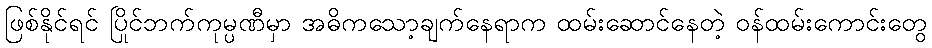
ဖြစ်နိုင်ရင် ပြိုင်ဘက်ကုမ္ပဏီမှာ အဓိကသော့ချက်နေရာက ထမ်းဆောင်နေတဲ့ ဝန်ထမ်းကောင်းတွေ